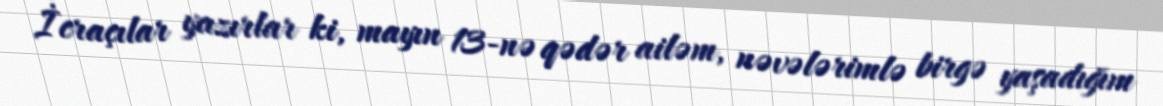
İcraçılar yazırlar ki, mayın 13-nə qədər ailəm, nəvələrimlə birgə yaşadığım